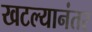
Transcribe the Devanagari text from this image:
खटल्यानंतर